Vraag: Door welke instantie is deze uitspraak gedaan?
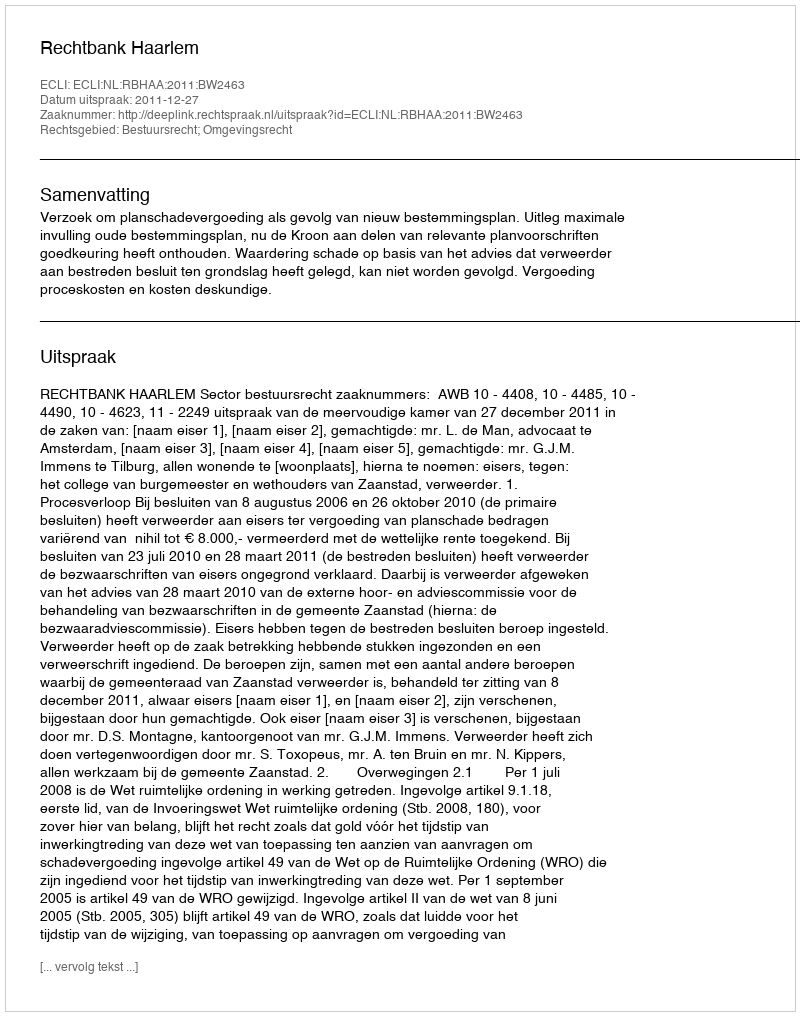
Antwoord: Rechtbank Haarlem